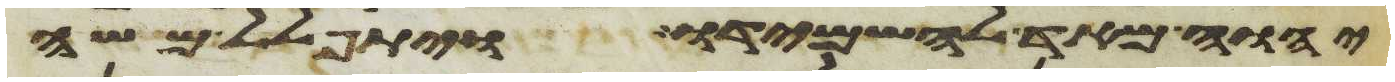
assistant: יהוה מאד להשמידו ויתפלל משה